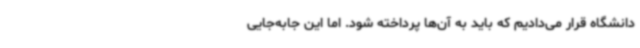
دانشگاه قرار می‌دادیم که باید به آن‌ها پرداخته شود. اما این جابه‌جایی